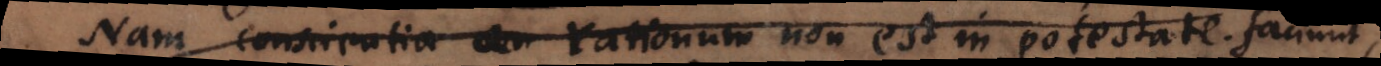
Nam conscientia rationum non est in potestate.